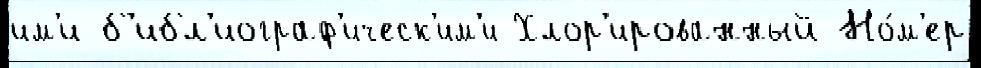
им'и б'ибл'иограф'ическ'им'и Хлор'ированный Но́м'ер